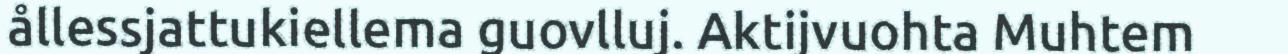
ållessjattukiellema guovlluj. Aktijvuohta Muhtem